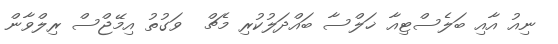
ނިއު އާއި ބަލެސްޓިއާ ޚަލްސާ ބައްދަލުކުރި މެޗް  ވަގުތު އިމޭޖްސް ރިލްވާން